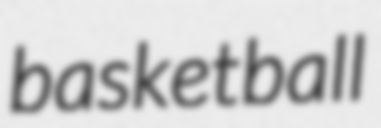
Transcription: basketball